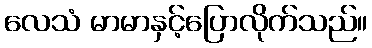
လေသံ မာမာနှင့်ပြောလိုက်သည်။